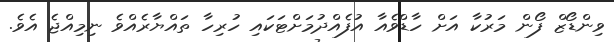
ވިންޑޯޒް ފޯން މަރުކާ އަށް ހާޑްވެއާ އުފެއްދުމަށްޓަކައި ހުރިހާ ތައްޔާރެއްވެ ނިމިއްޖެ އެވެ.